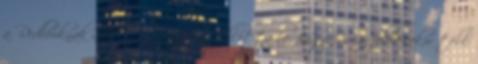
a Redbooknak adott interjújában vallotta be, hogy Oscar-jelölésekor több